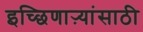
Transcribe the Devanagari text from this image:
इच्छिणाऱ्यांसाठी